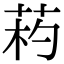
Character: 𦯪